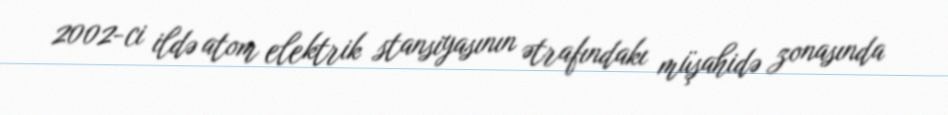
2002-ci ildə atom elektrik stansiyasının ətrafındakı müşahidə zonasında